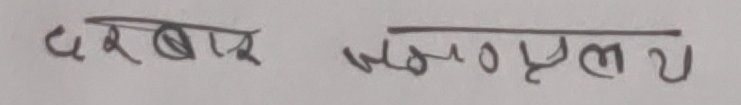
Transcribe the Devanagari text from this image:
दरबार जमोल्यु